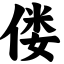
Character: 偻